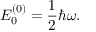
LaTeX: E _ { 0 } ^ { ( 0 ) } = { \frac { 1 } { 2 } } \hbar \omega .